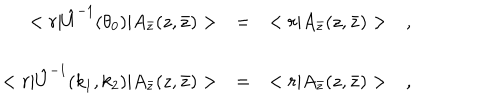
LaTeX: \begin{array} { r c l } { { < r | \hat { U } ^ { - 1 } ( \theta _ { 0 } ) | A _ { \bar { z } } ( z , \bar { z } ) > } } & { { = } } & { { < r | A _ { \bar { z } } ( z , \bar { z } ) > \ \ \ , } } \\ { { } } & { { } } & { { } } \\ { { < r | \hat { U } ^ { - 1 } ( k _ { 1 } , k _ { 2 } ) | A _ { \bar { z } } ( z , \bar { z } ) > } } & { { = } } & { { < r | A _ { \bar { z } } ( z , \bar { z } ) > \ \ \ , } } \\ \end{array}